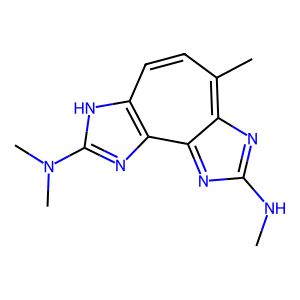
SMILES: CNc1nc2c(C)ccc3[nH]c(N(C)C)nc3c-2n1
Inhibits HIV replication: No